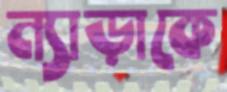
ন্যাড়াকে